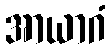
အာယာဂံ